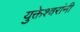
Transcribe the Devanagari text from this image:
युक्तेश्वरांनी